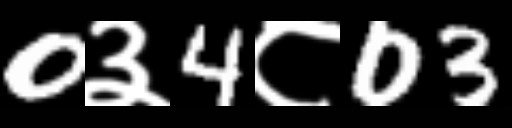
Text: 0३4८03